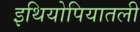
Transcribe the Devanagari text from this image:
इथियोपियातली